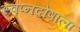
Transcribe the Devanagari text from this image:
स्वप्नदोषाला